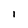
Character: l